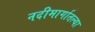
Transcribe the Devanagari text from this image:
नदीमार्गातल्या